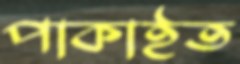
পাকাইত